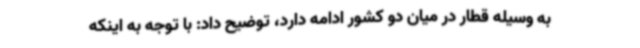
به وسیله قطار در میان دو کشور ادامه دارد، توضیح داد: با توجه به اینکه